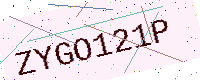
Text: ZYGO121P